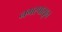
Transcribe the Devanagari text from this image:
नगरपासून